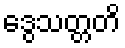
ဒွေသတ္တတိ